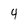
Character: 4